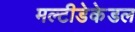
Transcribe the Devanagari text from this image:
मल्टीडेकेडल